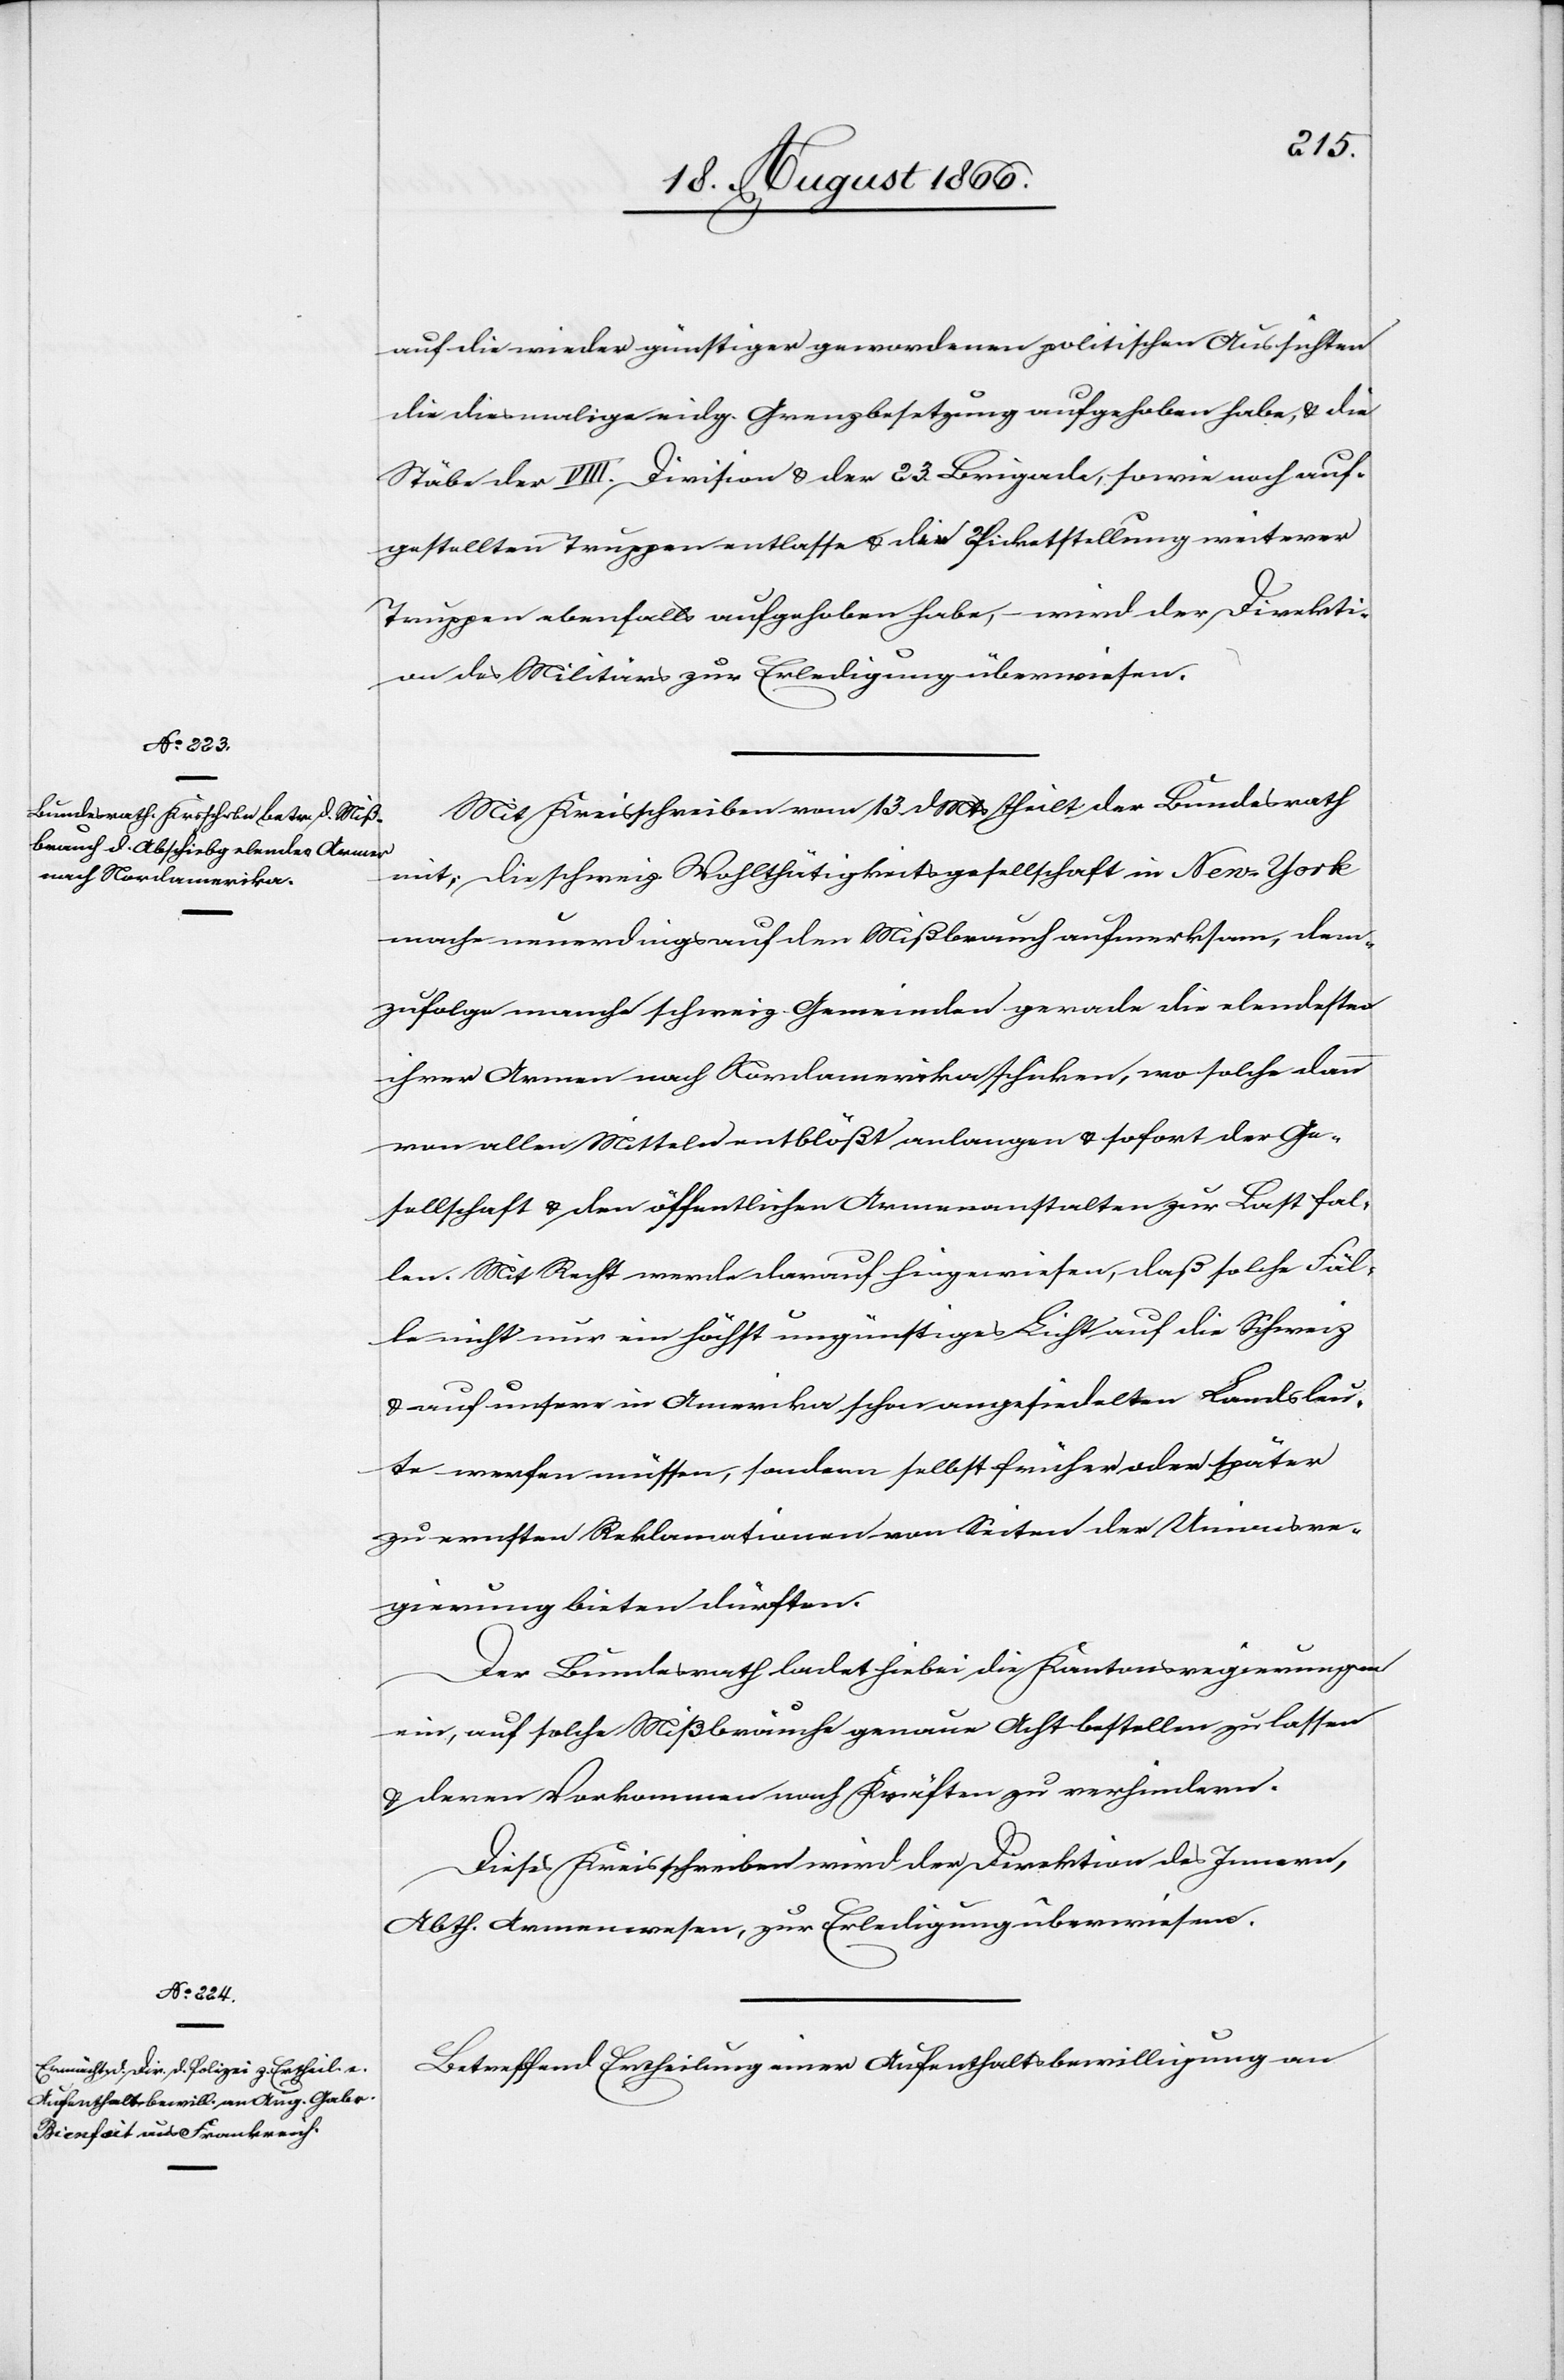
auf die wieder günstiger gewordenen politischen Aussichten
die diesmalige eidg. Grenzbesetzung aufgehoben habe, u. die
Stäbe der VIII. Division u. der 23. Brigade, sowie noch auf¬
gestellten Truppen entlasse u. die Picketstellung weiterer
Truppen ebenfalls aufgehoben habe, – wird der Direkti¬
on des Militärs zur Erledigung überwiesen.
Mit Kreisschreiben vom 13 dMts theilt der Bundesrath
mit, die schweiz. Wohlthätigkeitsgesellschaft in New-York
mache neuerdings auf den Mißbrauch aufmerksam, dem¬
zufolge manche schweiz. Gemeinden gerade die elendesten
ihrer Armen nach Nordamerika schicken, wo solche dann
von allen Mitteln entblößt anlangen u. sofort der Ge¬
sellschaft u. den öffentlichen Armenanstalten zur Last fal¬
len. Mit Recht werde darauf hingewiesen, daß solche Fäl¬
le nicht nur ein höchst ungünstiges Licht auf die Schweiz
u. auf unsere in Amerika schon angesiedelten Landsleu¬
te werfen müsse, sondern selbst früher oder später
zu ernsten Reklamationen von Seite der Unionsre¬
gierung bieten dürften.
Der Bundesrath ladet hiebei die Kantonsregierungen
ein, auf solche Mißbräuche genau Acht bestellen zu lassen
u. deren Vorkommen nach Kräften zu verhindern.
Dieses Kreisschreiben wird der Direktion des Innern,
Abth. Armenwesen, zur Erledigung überwiesen.
Betreffend Ertheilung einer Aufenthaltsbewilligung an